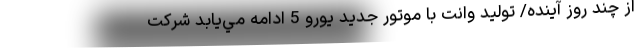
از چند روز آینده/ توليد وانت‌ با موتور جدید يورو 5 ادامه مي‌يابد شركت